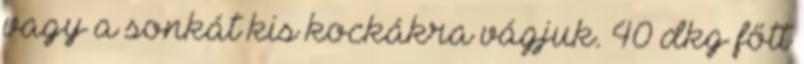
vagy a sonkát kis kockákra vágjuk. 40 dkg főtt